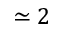
\simeq 2